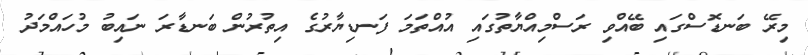
މިރޭ ބަނޑޮސްގައި ބޭއްވި ރަސްމިއްޔާތުގައި އުއްތަމަ ފަނޑިޔާރުގެ އިތުރުން ބަނޑާރަ ނައިބު މުހައްމަދު